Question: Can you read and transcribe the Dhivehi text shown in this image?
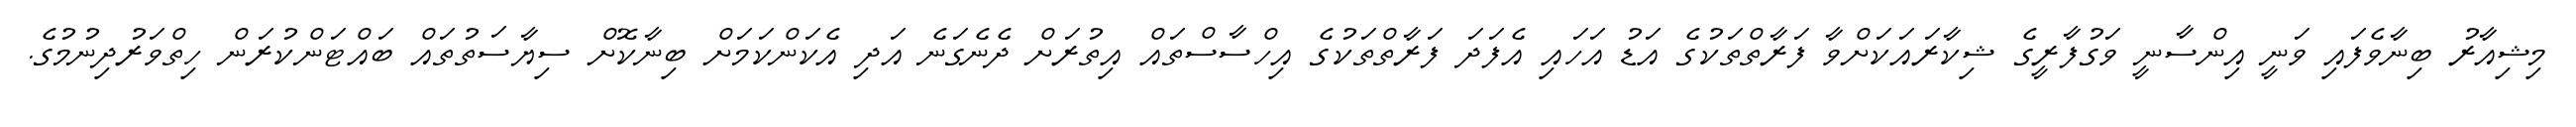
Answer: މިޝިއާރު ބިނާވެފައި ވަނީ އިންސާނީ ވަގުފާރީގެ ޝިކާރައަކަށްވާ ފަރާތްތަކުގެ އަޑު އަހައި އެފަދަ ފަރާތްތަކުގެ އިހްސާސްތައް އިތުރަށް ދެނެގަނެ އަދި އެކަންކަމަށް ބިނާކޮށް ސިޔާސަތުތައް ބައްޓަންކުރަން ހިތްވަރުދިނުމުގެ.